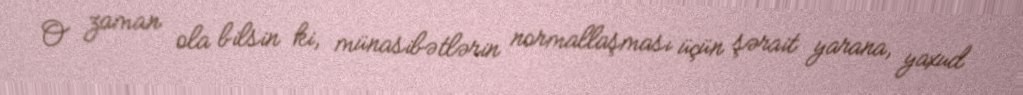
O zaman ola bilsin ki, münasibətlərin normallaşması üçün şərait yarana, yaxud